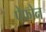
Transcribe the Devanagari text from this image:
पेफोन